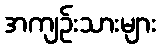
အကျဉ်းသားများ